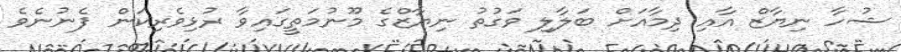
ޝުހާ ނިޔާޒް އާއި ދިމާއަށް ބަލާލި ވަގުތު ނިޔާޒްގެ މޫނުމަތީގައިވާ ރުޅިވެރިކަން ފެނުނެވެ